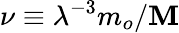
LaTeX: \nu\equiv\lambda^{-3}m_{o}/\mathbf{M}